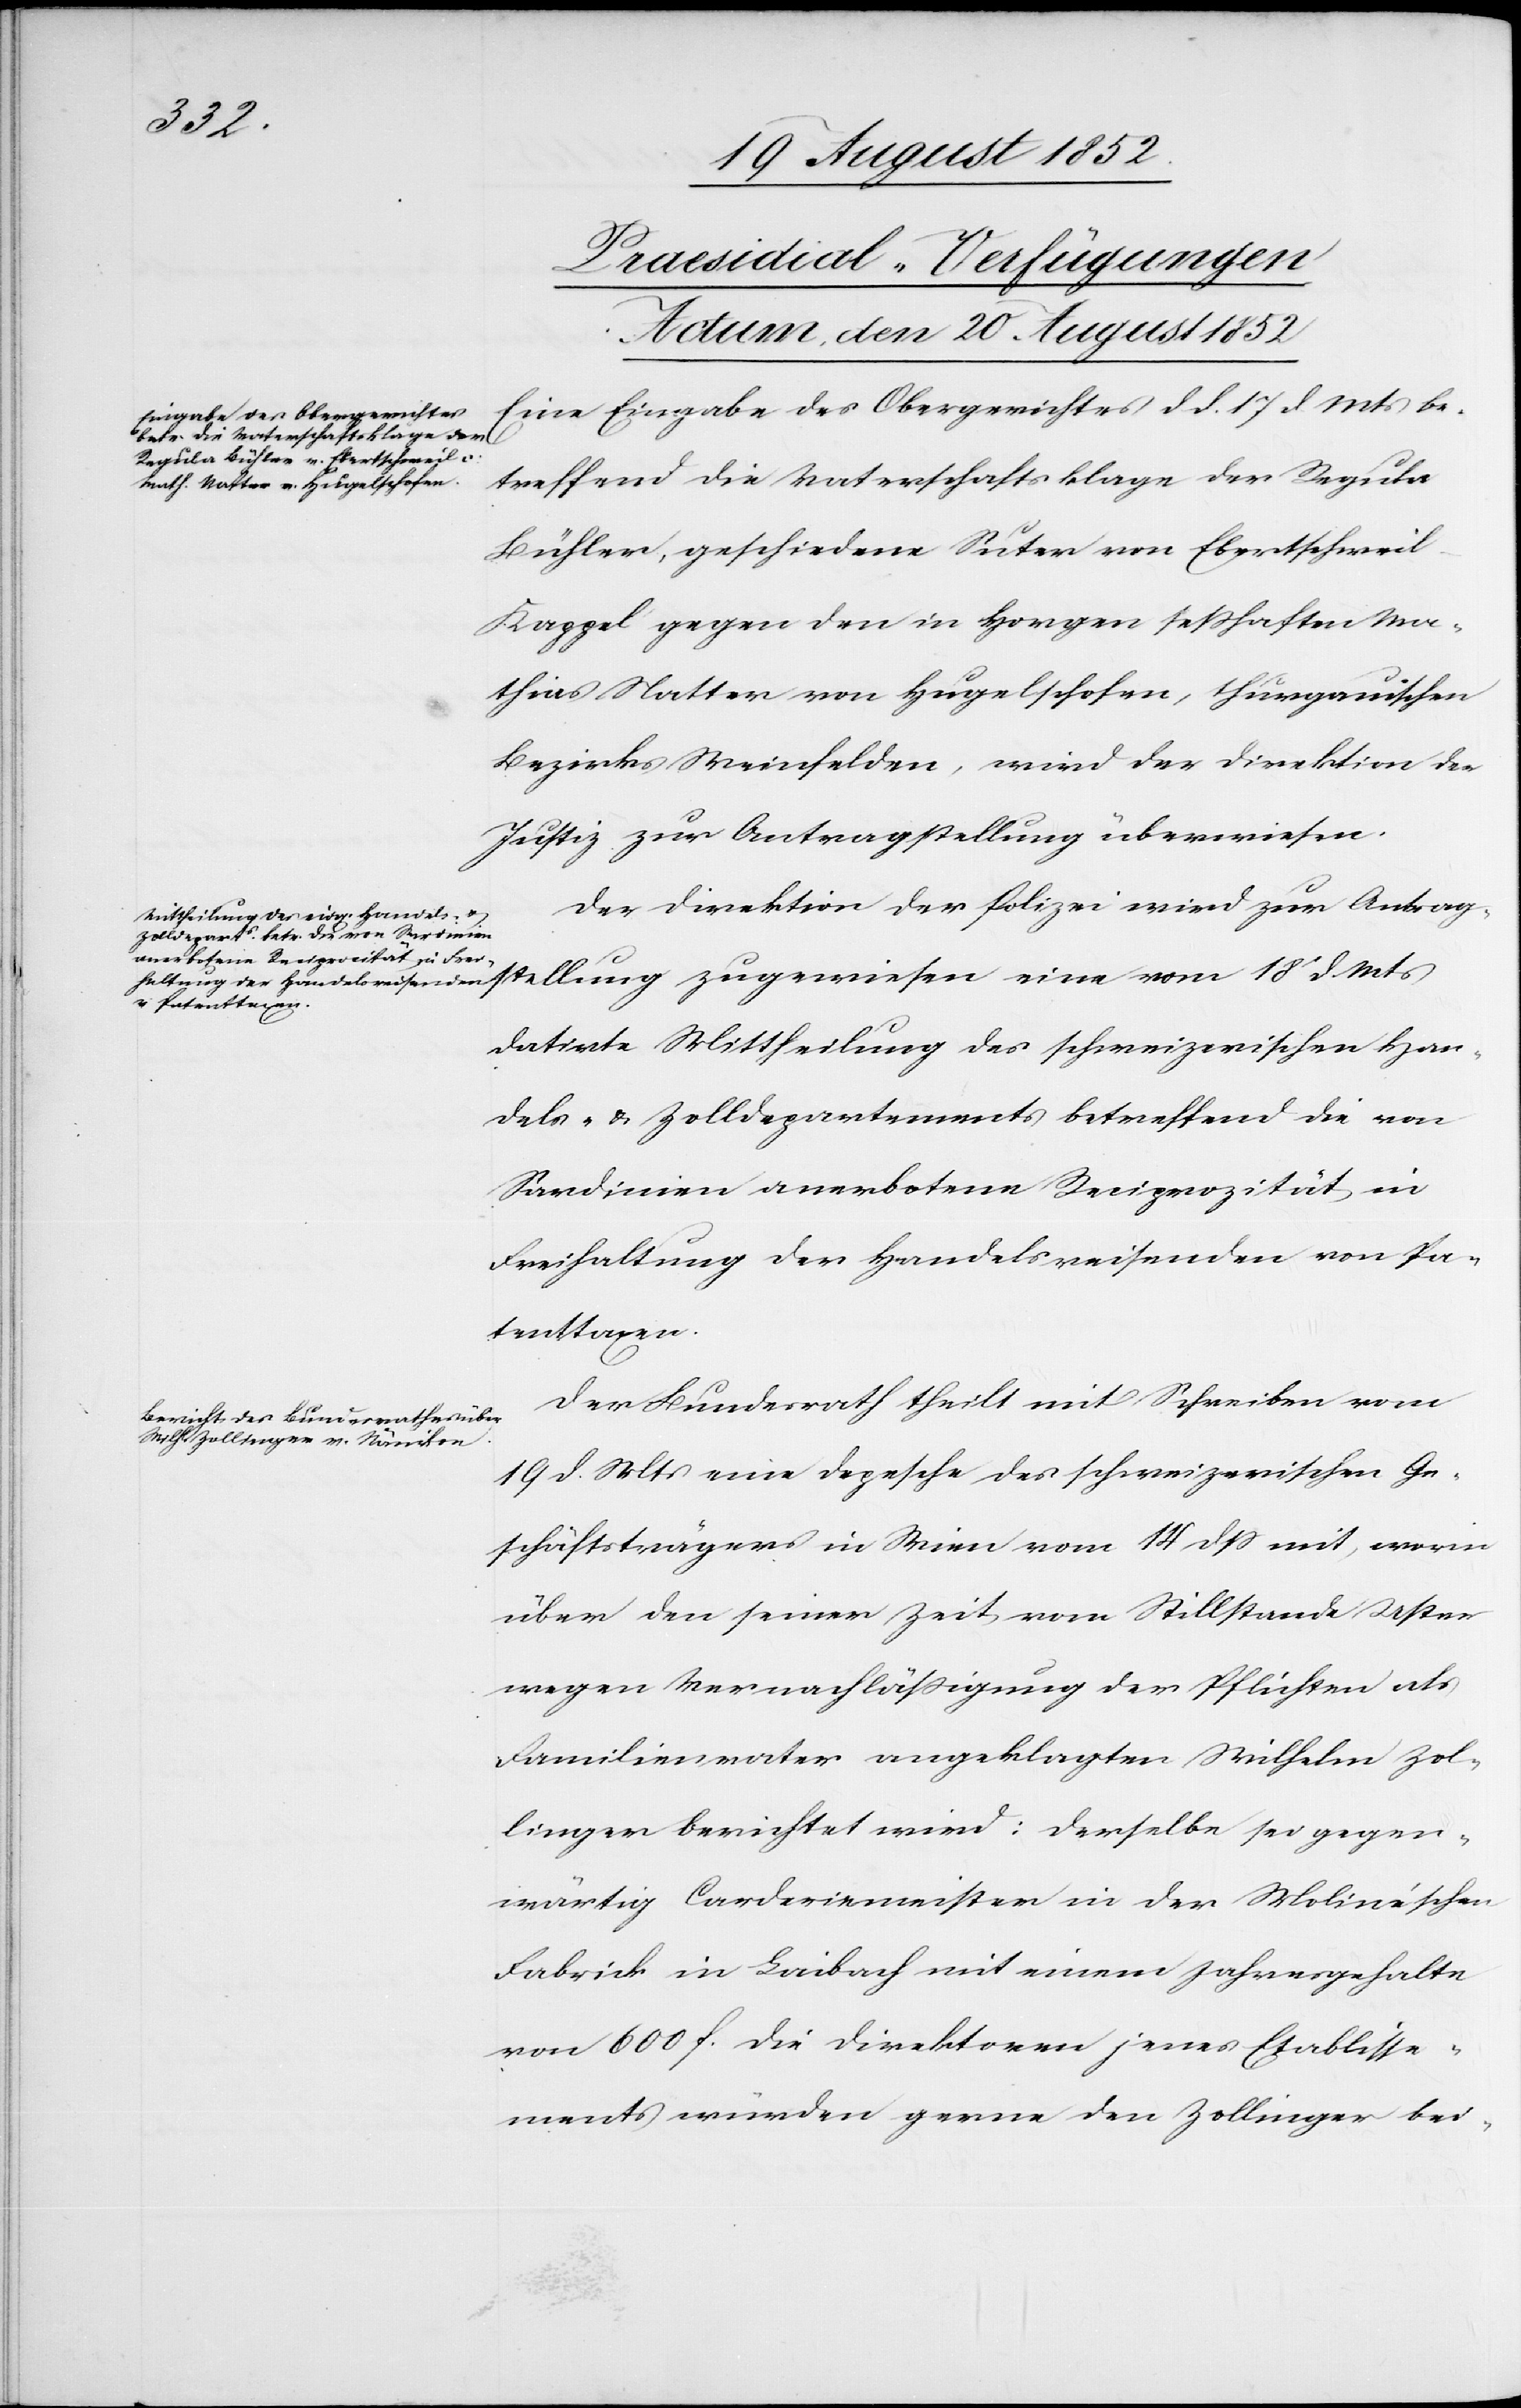
18t d.
[Praesidial-Verfügungen
Actum, den 20 August 1852]
Eingabe des Obergerichtes d d. 17 d. Mts betreffend die Vaterschaftsklage der Re¬
Bühler, geschiedene Suter von Ebertschwei¬
l-Kappel gegen den in Horgen sesshaften Ma¬
thias Natter von Hugelschofen, thurgauischen
Bezirks Weinfelden, wird der Direktion der
Justiz zur Antragstellung überwiesen.
Der Direktion der Polizei wird zur Antrag¬
datirte Mittheilung des schweizerischen Han¬
dels- & Zolldepartements betreffend die von
Sardinien anerbotene Reciprozität in
Freihaltung der Handelsreisenden von Pa¬
tenttaxen.
Der Bundesrath theilt mit Schreiben vom
19 d. Mts eine Depesche des schweizerischen Ge¬
schäftsträgers in Wien vom 14 dss mit, worin
über den seiner Zeit vom Stillstande Uster
wegen Vernachläßigung der Pflichten als
Familienvater angeklagten Wilhelm Zol¬
linger berichtet wird: Derselbe sei gegen¬
wärtig Carderiemeister in der Moline’schen
Fabrik in Laibach mit einem Jahresgehalte
von 600 f. Die Direktoren jenes Etablisse¬
ments würden gerne den Zollinger bei